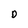
Character: D